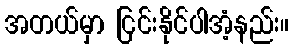
အတယ်မှာ ငြင်းနိုင်ပါအံ့နည်း။